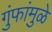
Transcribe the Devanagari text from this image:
गुंफांमुळे